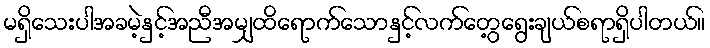
မရှိသေးပါအခမဲ့နှင့်အညီအမျှထိရောက်သောနှင့်လက်တွေ့ရွေးချယ်စရာရှိပါတယ်။